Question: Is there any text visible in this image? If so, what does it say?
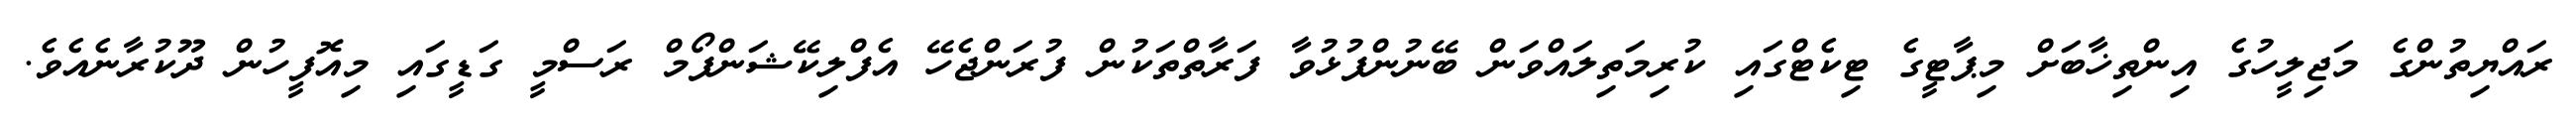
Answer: ރައްޔިތުންގެ މަޖިލީހުގެ އިންތިޚާބަށް މިޕާޓީގެ ޓިކެޓްގައި ކުރިމަތިލައްވަން ބޭނުންފުޅުވާ ފަރާތްތަކުން ފުރަންޖެހޭ އެފްލިކޭޝަންފޯމް ރަސްމީ ގަޑީގައި މިއޮފީހުން ދޫކުރާނެއެވެ.